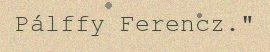
Pálffy Ferencz."